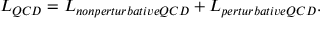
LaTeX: { \cal L } _ { Q C D } = { \cal L } _ { n o n p e r t u r b a t i v e Q C D } + { \cal L } _ { p e r t u r b a t i v e Q C D } .